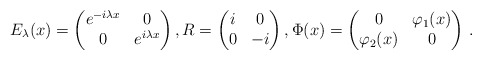
\begin{align*}E_\lambda(x)= \begin{pmatrix}e^{-i\lambda x}& 0\\ 0 &e^{i\lambda x}\end{pmatrix},R= \begin{pmatrix}i &0 \\ 0& -i\end{pmatrix},\Phi (x) = \begin{pmatrix}0 & \varphi_1(x) \\ \varphi_2(x) & 0 \end{pmatrix} \, .\end{align*}